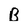
Character: B